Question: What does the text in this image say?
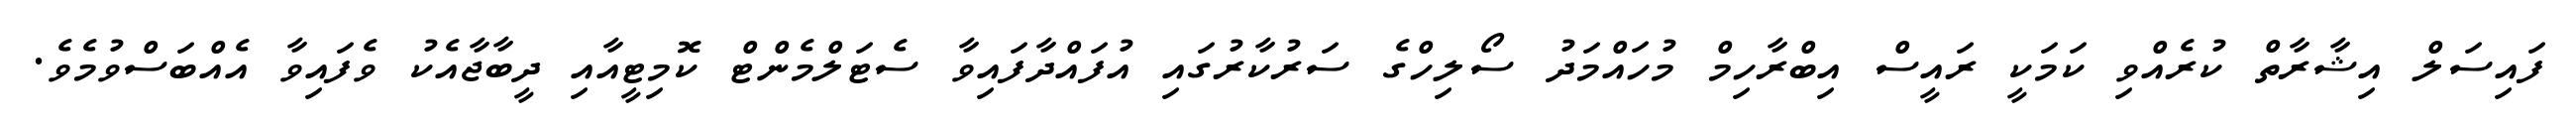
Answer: ފައިސަލް އިޝާރާތް ކުރެއްވި ކަމަކީ ރައީސް އިބްރާހިމް މުހައްމަދު ސޯލިހްގެ ސަރުކާރުގައި އުފައްދާފައިވާ ސެޓަލްމެންޓް ކޮމިޓީއާއި ދީބާޖާއެކު ވެފައިވާ އެއްބަސްވުމެވެ.